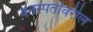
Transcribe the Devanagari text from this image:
वनस्पतीवरील